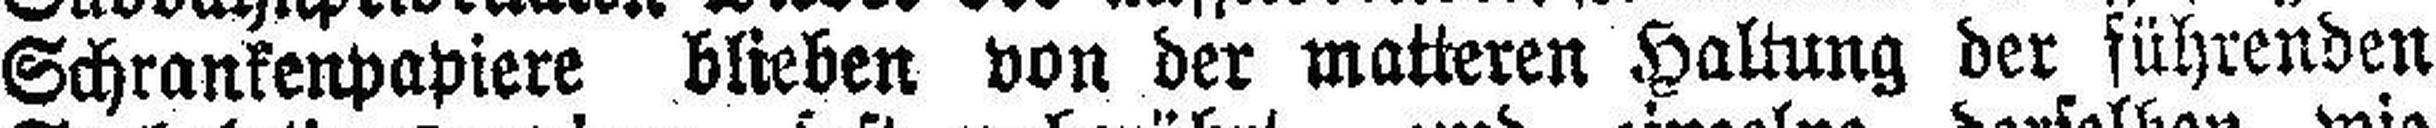
Schrankenpapiere blieben von der matteren Haltung der führenden